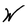
Character: W